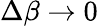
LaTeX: \Delta\beta\rightarrow 0